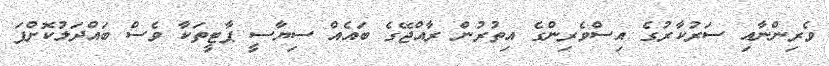
ވެރިންނާއި ސަރުކާރުގެ އިސްވެރިންގެ އިތުރުން ރާއްޖޭގެ ބައެއް ސިޔާސީ ޕާޓީތަކާ ވެސް ބައްދަލުކޮށްފަ